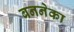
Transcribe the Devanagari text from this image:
बननेका